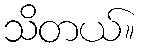
သိတယ်။